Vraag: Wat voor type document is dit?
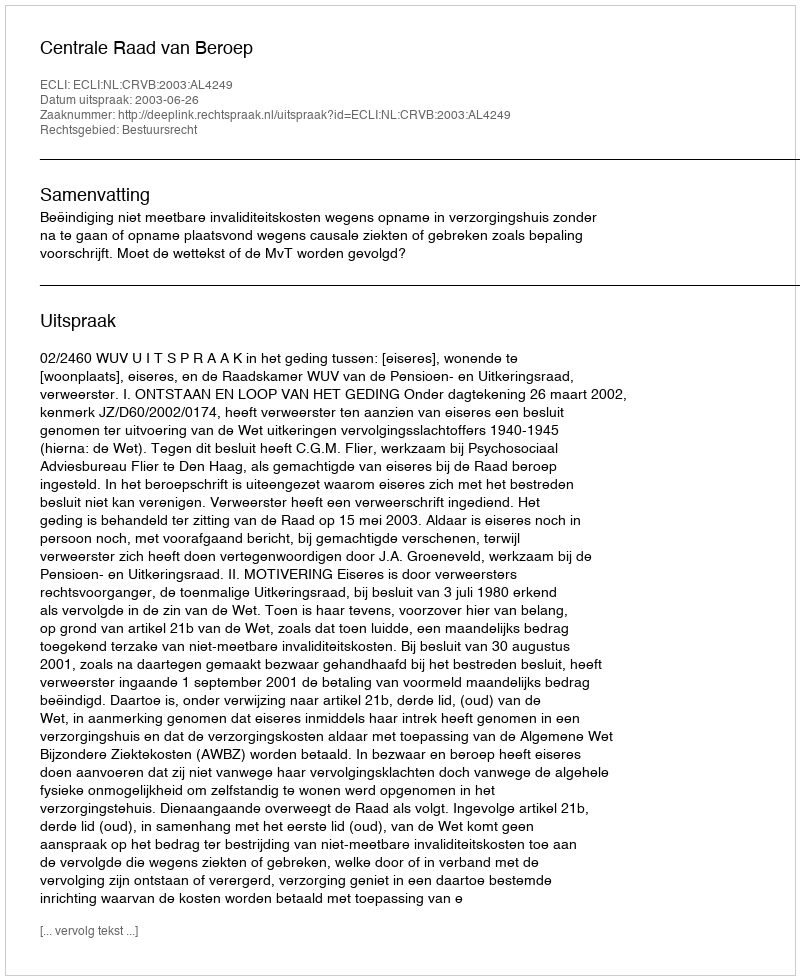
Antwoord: Uitspraak